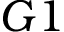
G 1